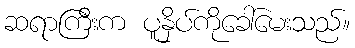
ဆရာကြီးက ပူနှိပ်ကိုခေါ်မေးသည်။